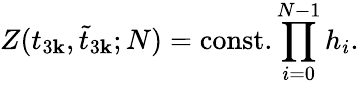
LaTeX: Z(t_{3\mathbf{k}},\tilde{{t}}_{3\mathbf{k}};N)=\mathrm{{const.}}\prod_{i=0}^{N-1}h_{i}.